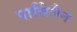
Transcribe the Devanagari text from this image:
पार्सिलैन